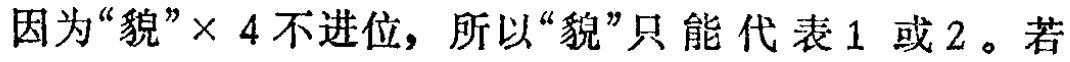
因为“貌”× 4 不进位，所以“貌”只能代表 1 或 2 。若